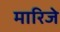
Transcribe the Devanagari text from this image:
मारिजे